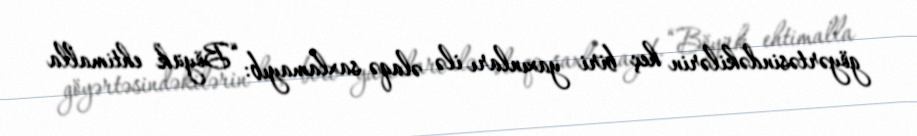
göyərtəsindəkilərin heç biri yaxınları ilə əlaqə saxlamayıb: “Böyük ehtimalla